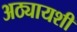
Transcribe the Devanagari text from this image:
अठ्यायशी